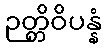
ဉတ္တိဝိပန္နံ